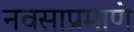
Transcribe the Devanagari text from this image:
नवसाप्रमाणे